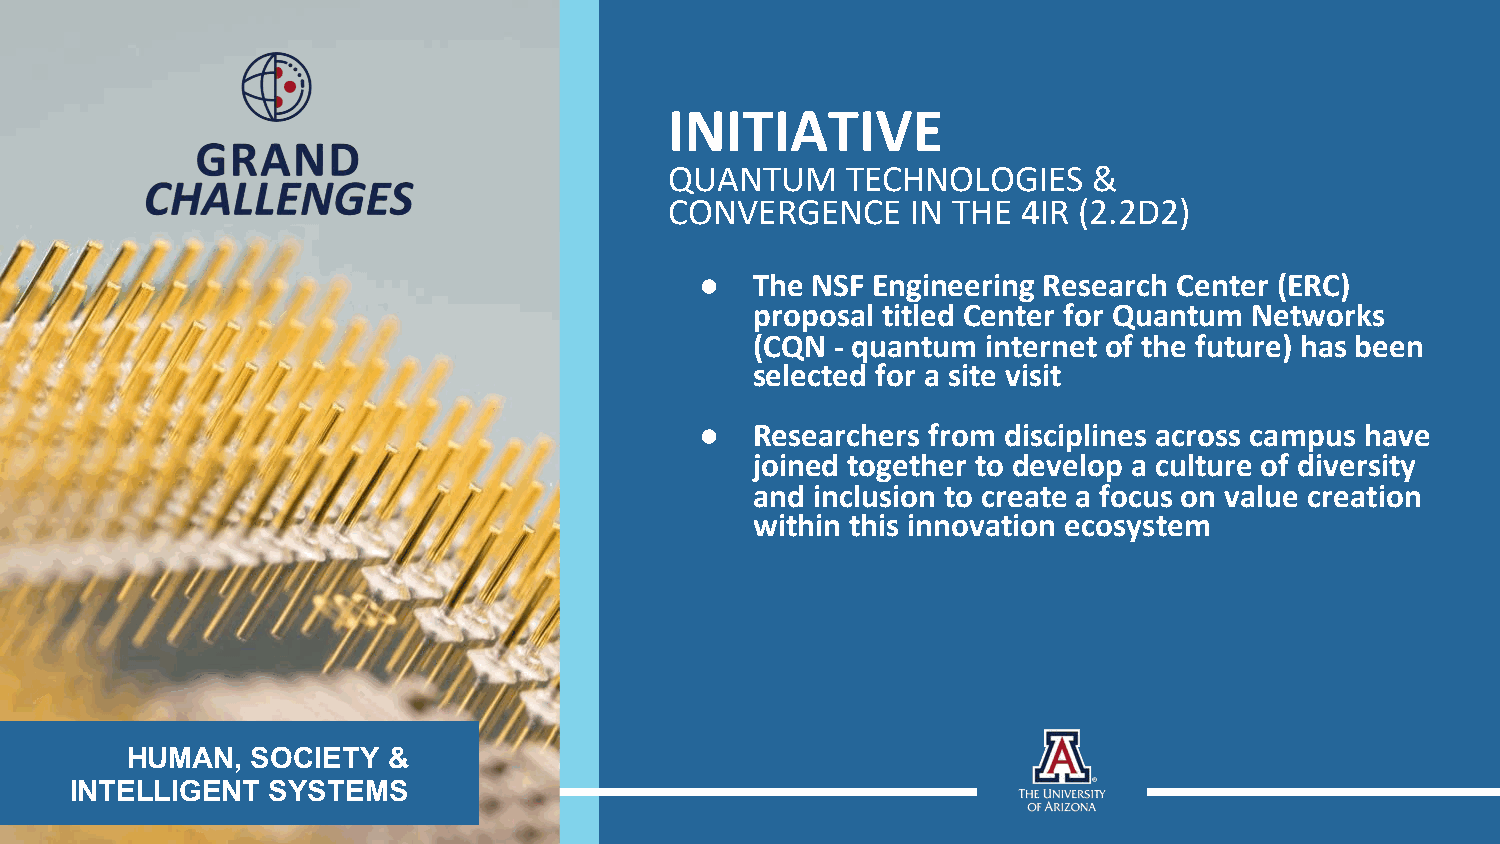
INITIATIVE
 QUANTUM     TECHNOLOGIES    &
 CONVERGENCE     IN THE  4IR (2.2D2)
 ●   The NSF Engineering Research Center (ERC)
 proposal titled Center for Quantum Networks
 (CQN - quantum internet of the future) has been
 selected for a site visit
 ●   Researchers from disciplines across campus have
 joined together to develop a culture of diversity
 and inclusion to create a focus on value creation
 within this innovation ecosystem
 HUMAN,   SOCIETY  &
 INTELLIGENT  SYSTEMS